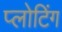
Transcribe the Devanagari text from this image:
प्लोटिंग